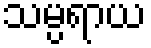
သမ္ပရာယ